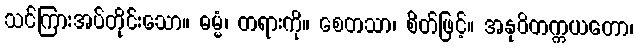
သင်ကြားအပ်တိုင်းသော။ ဓမ္မံ၊ တရားကို။ စေတသာ၊ စိတ်ဖြင့်။ အနုဝိတက္ကယတော၊